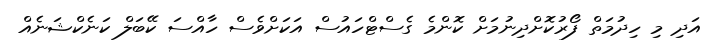
އަދި މި ހިދުމަތް ފޯރުކޮށްދިނުމަށް ކޮންމެ ގެސްޓްހައުސް އަކަށްވެސް ހާއްސަ ކޭބަލް ކަނެކްޝަނެއް